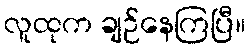
လူထုက ချဉ်နေကြပြီ။